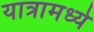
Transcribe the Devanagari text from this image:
यात्रामध्ये